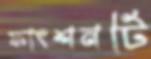
ফাংশনটি